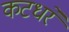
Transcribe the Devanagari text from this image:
कटधरे